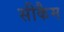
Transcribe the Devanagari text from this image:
सीकैम